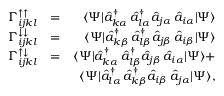
\begin{array} { r l r } { \Gamma _ { i j k l } ^ { \uparrow \uparrow } } & { = } & { \langle \Psi | \hat { a } _ { k \alpha } ^ { \dagger } \, \hat { a } _ { l \alpha } ^ { \dagger } \hat { a } _ { j \alpha } \, \hat { a } _ { i \alpha } | \Psi \rangle } \\ { \Gamma _ { i j k l } ^ { \downarrow \downarrow } } & { = } & { \langle \Psi | \hat { a } _ { k \beta } ^ { \dagger } \, \hat { a } _ { l \beta } ^ { \dagger } \hat { a } _ { j \beta } \, \hat { a } _ { i \beta } | \Psi \rangle } \\ { \Gamma _ { i j k l } ^ { \uparrow \downarrow } } & { = } & { \langle \Psi | \hat { a } _ { k \alpha } ^ { \dagger } \, \hat { a } _ { l \beta } ^ { \dagger } \hat { a } _ { j \beta } \, \hat { a } _ { i \alpha } | \Psi \rangle + } \\ & { } & { \langle \Psi | \hat { a } _ { l \alpha } ^ { \dagger } \, \hat { a } _ { k \beta } ^ { \dagger } \hat { a } _ { i \beta } \, \hat { a } _ { j \alpha } | \Psi \rangle , } \end{array}